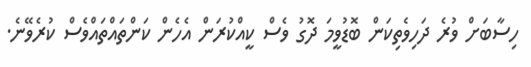
ހިސާބަށް ވުރެ ދަހިވެތިކަން ބޮޑުވީމަ ދޮގު ވެސް ކީއްކުރަން އެހެން ކަންތައްތައްވެސް ކުރެވޭނެ.